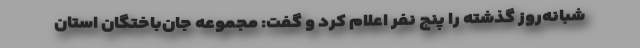
شبانه‌روز گذشته را پنج نفر اعلام کرد و گفت: مجموعه جان‌باختگان استان